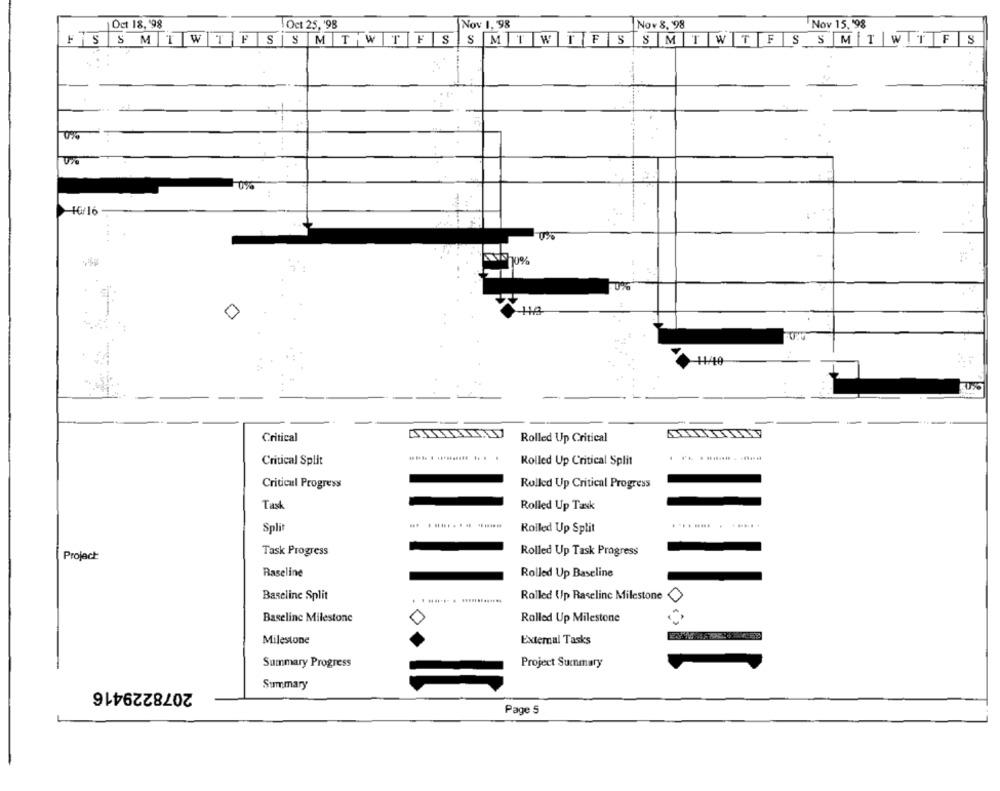
Oct 18, 98
Oct 25, '98
Nov 1, 98
Nov 8. '98
Nov 15, '98
Fis
SMTWTFS
SMTWTFS
SMTWTFSSMTWTFS
SMTW
TF
0%0
10/16
+
....
118
0%
-
Critical
Rolled Up Critical
Critical Split
Rolled Up Critical Split
Critical Progress
Rolled Up Critical Progress
Task
Rolled Up Task
Split
Rolled Up Split
.... .... . .......
Task Progress
Rolled Up Task Progress
Project
Raseline
Rolled Up Baseline
Baseline Split
Rolled Up Raselinc Milestone
Baseline Milestone
Rolled Up Milestone
Milestone
External Tasks
Summary Progress
Project Summary
2078229416
Summary
Page 5